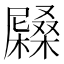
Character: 𡳭